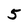
Character: 5